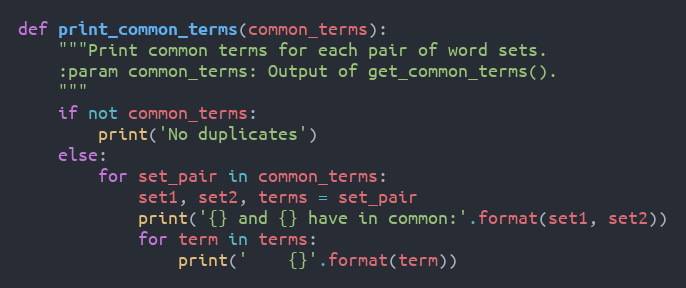
Language: Python
def print_common_terms(common_terms):
    """Print common terms for each pair of word sets.
    :param common_terms: Output of get_common_terms().
    """
    if not common_terms:
        print('No duplicates')
    else:
        for set_pair in common_terms:
            set1, set2, terms = set_pair
            print('{} and {} have in common:'.format(set1, set2))
            for term in terms:
                print('    {}'.format(term))